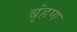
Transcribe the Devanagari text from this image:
बृंहण